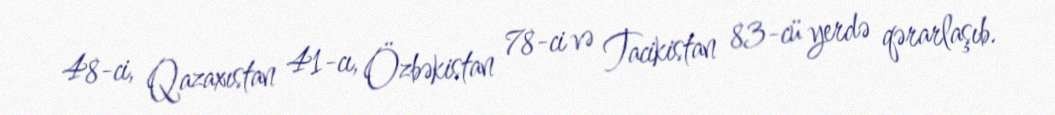
48-ci, Qazaxıstan 41-cı, Özbəkistan 78-ci və Tacikistan 83-cü yerdə qərarlaşıb.